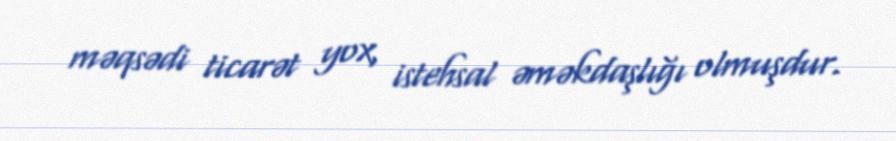
məqsədi ticarət yox, istehsal əməkdaşlığı olmuşdur.